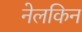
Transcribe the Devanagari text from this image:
नेलकिन